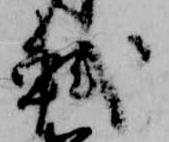
軾